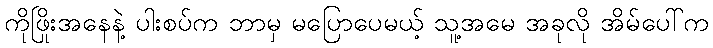
ကိုဖြိုးအနေနဲ့ ပါးစပ်က ဘာမှ မပြောပေမယ့် သူ့အမေ အခုလို အိမ်ပေါ်က